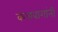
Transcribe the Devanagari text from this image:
कलबागांनी